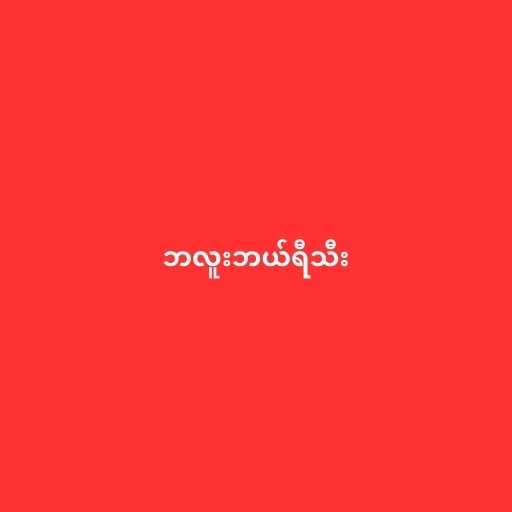
ဘလူးဘယ်ရီသီး